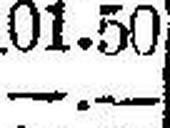
—.—